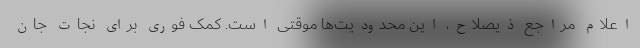
اعلام مراجع ذیصلاح، این محدودیت‌ها موقتی است. کمک فوری برای نجات جان